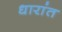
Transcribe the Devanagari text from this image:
धारांत